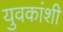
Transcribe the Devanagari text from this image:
युवकांशी